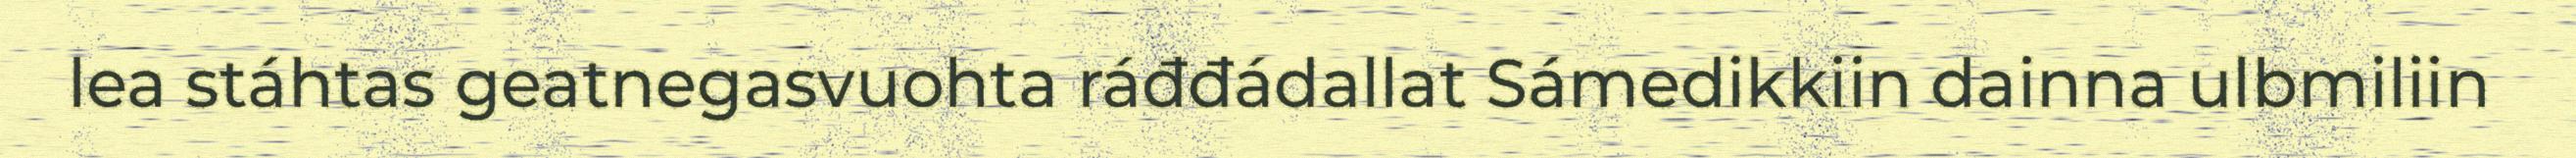
lea stáhtas geatnegasvuohta ráđđádallat Sámedikkiin dainna ulbmiliin